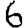
Digit: 6